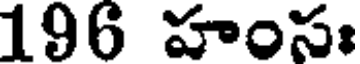
196 హంసః